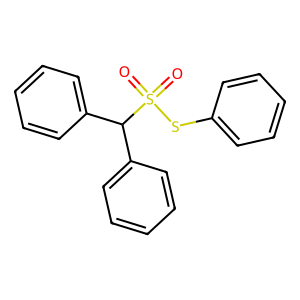
SMILES: O=S(=O)(Sc1ccccc1)C(c1ccccc1)c1ccccc1
Inhibits HIV replication: No